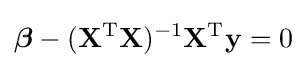
{\boldsymbol {\beta }}-(\mathbf {X} ^{\rm {T}}\mathbf {X} )^{-1}\mathbf {X} ^{\rm {T}}\mathbf {y} =0